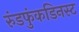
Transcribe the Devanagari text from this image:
रुंडफुंकडिनस्ट